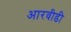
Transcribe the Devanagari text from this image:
आरवीडी